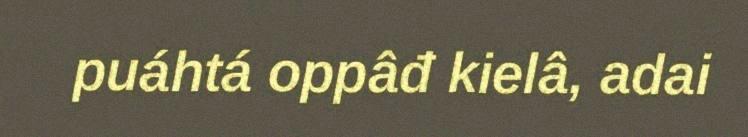
puáhtá oppâđ kielâ, adai